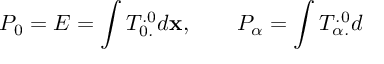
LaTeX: P _ { 0 } = E = \int T _ { 0 . } ^ { . 0 } d { \bf x } , \qquad P _ { \alpha } = \int T _ { \alpha . } ^ { . 0 } d